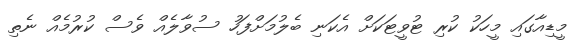
މީޑިއާގައި މީހަކު ކުރި ޓުވީޓަކަށް އެކަނި ބެލުމަށްފަހު ސުވާލެއް ވެސް ކުރުމެއް ނެތި